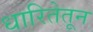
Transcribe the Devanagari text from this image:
धारितेतून